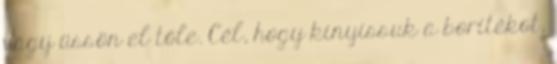
vagy üssön el tőle. Cél, hogy kinyissuk a borítékot,